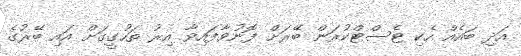
އަދި ބައެއް ހެކި ޓެސްޓްކުރަން ބޭރަށް ފޮނުވާފައިވާ އިރު ތަހުގީގަށް އައި ބޭރުގެ